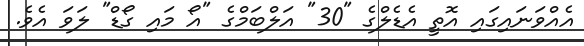
އެއްވަނައިގައި އޮތީ އެޑެލްގެ "30" އަލްބަމްގެ "އޯ މައި ގޯޑް" ލަަވަ އެވެ.